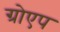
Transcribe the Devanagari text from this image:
ग्रोएप